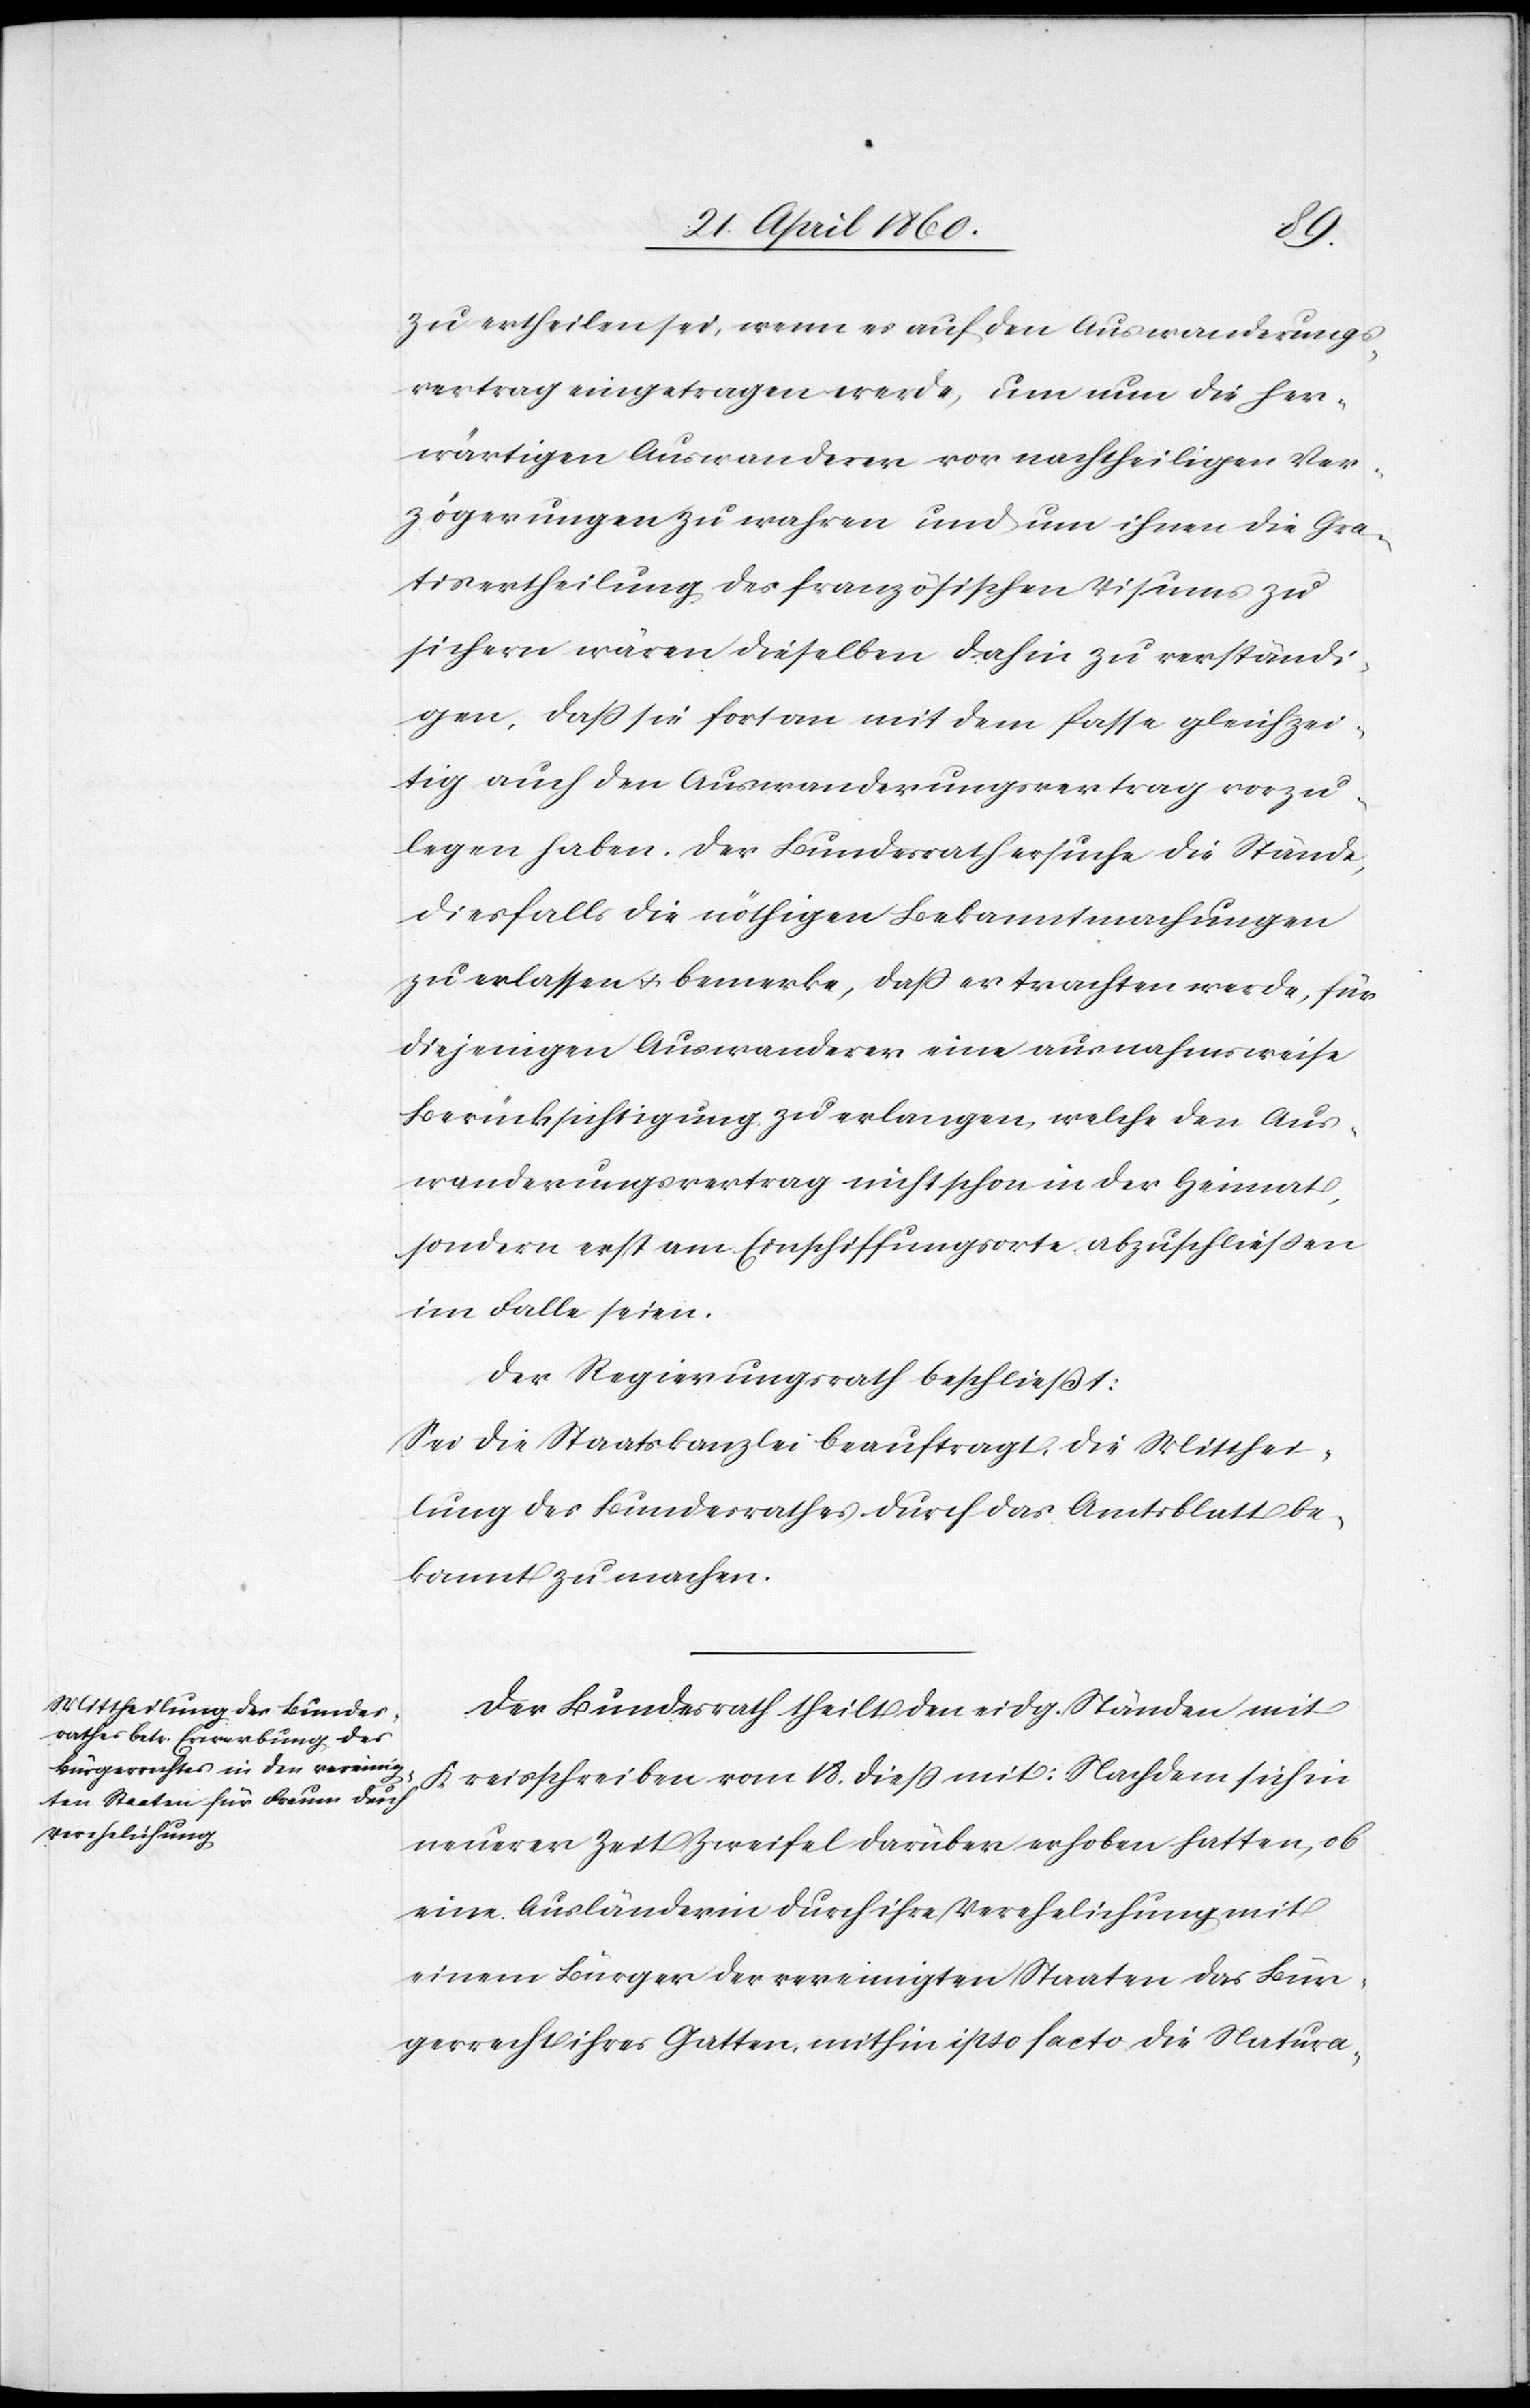
zu ertheilen sei, wenn es auf den Auswanderungs¬
vertrag eingetragen werde, um nun die her¬
wärtigen Auswanderer von nachtheiligen Ver¬
zögerungen zu wahren und um ihnen die Gra¬
tisertheilung des französischen Visums zu
sichern wären dieselben dahin zu verständi¬
gen, dass sie fortan mit dem Passe gleichzei¬
tig auch den Auswanderungsvertrag vorzu¬
legen haben. Der Bundesrath ersuche die Stände,
diesfalls die nöthigen Bekanntmachungen
zu erlassen u. bemerke, dass er trachten werde, für
diejenigen Auswanderer eine ausnahmsweise
Berücksichtigung zu erlangen, welche den Aus¬
wanderungsvertrag nicht schon in der Heimat,
sondern erst am Einschiffungsorte abzuschließen
im Falle seien.
Der Regierungsrath beschliesst:
Sei die Staatskanzlei beauftragt, die Mitthei¬
lung des Bundesrathes durch das Amtsblatt be¬
kannt zu machen.
Der Bundesrath theilt den eidg. Ständen mit
Kreisschreiben vom 18. diess mit: Nachdem sich in
neuerer Zeit Zweifel darüber erhoben hatte, ob
eine Ausländerin durch ihre Verehelichung mit
einem Bürger der vereinigten Staaten das Bür¬
gerrecht ihres Gatten, mithin ipso facto die Natura-